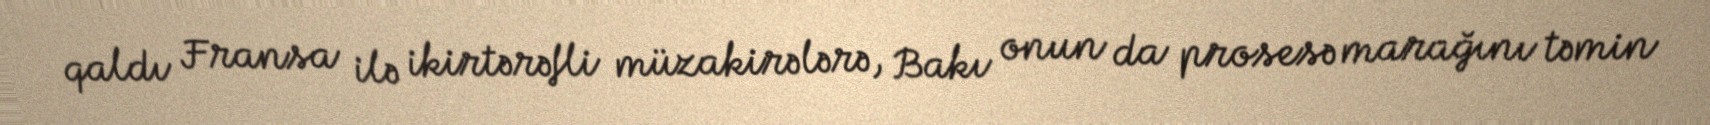
qaldı Fransa ilə ikirtərəfli müzakirələrə, Bakı onun da prosesə marağını təmin